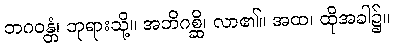
ဘဂဝန္တံ၊ ဘုရားသို့။ အဘိဂစ္ဆိ၊ လာ၏။ အထ၊ ထိုအခါ၌။